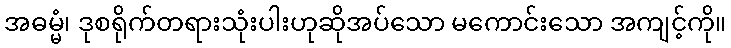
အဓမ္မံ၊ ဒုစရိုက်တရားသုံးပါးဟုဆိုအပ်သော မကောင်းသော အကျင့်ကို။